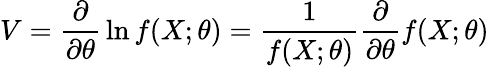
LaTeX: V={\frac{\partial}{\partial\theta}}\ln f(X;\theta)={\frac{1}{f(X;\theta)}}{\frac{\partial}{\partial\theta}}f(X;\theta)